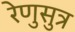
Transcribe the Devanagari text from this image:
रेणुसुत्र